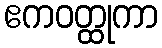
ဧကဝတ္ထုကာ